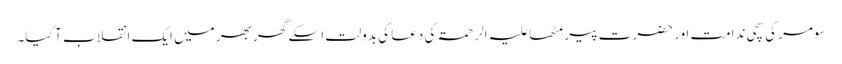
سومر کی سچی ندامت اور حضرت پیر مٹھا علیہ الرحمۃ کی دعا کی بدولت اسکے گھر بھر میں ایک انقلاب آگیا۔